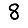
Digit: 8